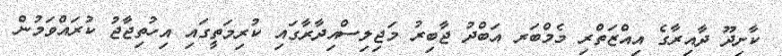
ކާށިދޫ ދާއިރާގެ އިއްޒަތްރި މެމްބަރ އަބްދު ޖާބިރު މަޖިލިސްއިދާރާގައި ކުރިމަތީގައި އިހުތިޖާޖު ކުރައްވަމުން